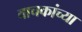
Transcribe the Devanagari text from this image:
वाचकांच्‍या